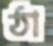
ঠা